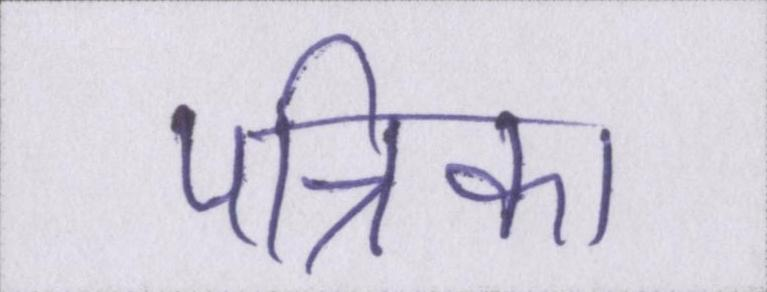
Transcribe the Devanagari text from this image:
पत्रिका